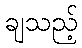
ချသည့်